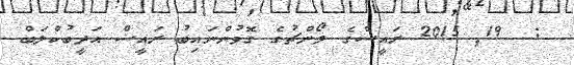
:  19